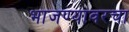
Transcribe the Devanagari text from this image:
भाजण्यावरचा